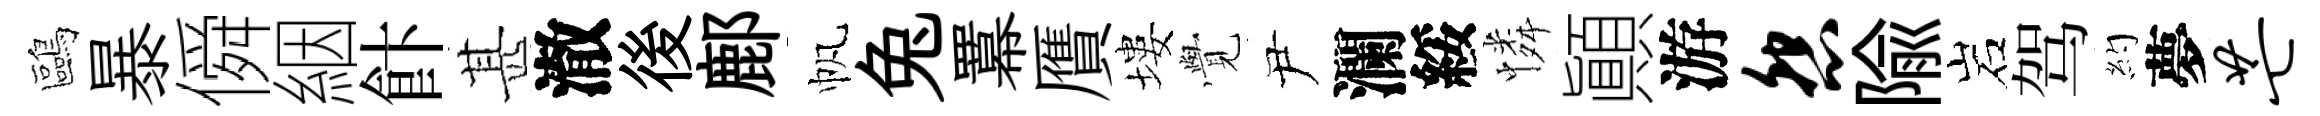
鷗暴僢絪飰甚澈後鄜帆兔羃贋塿𮗜尹瀾綏憐顚游怨隃岩驾約夢芒